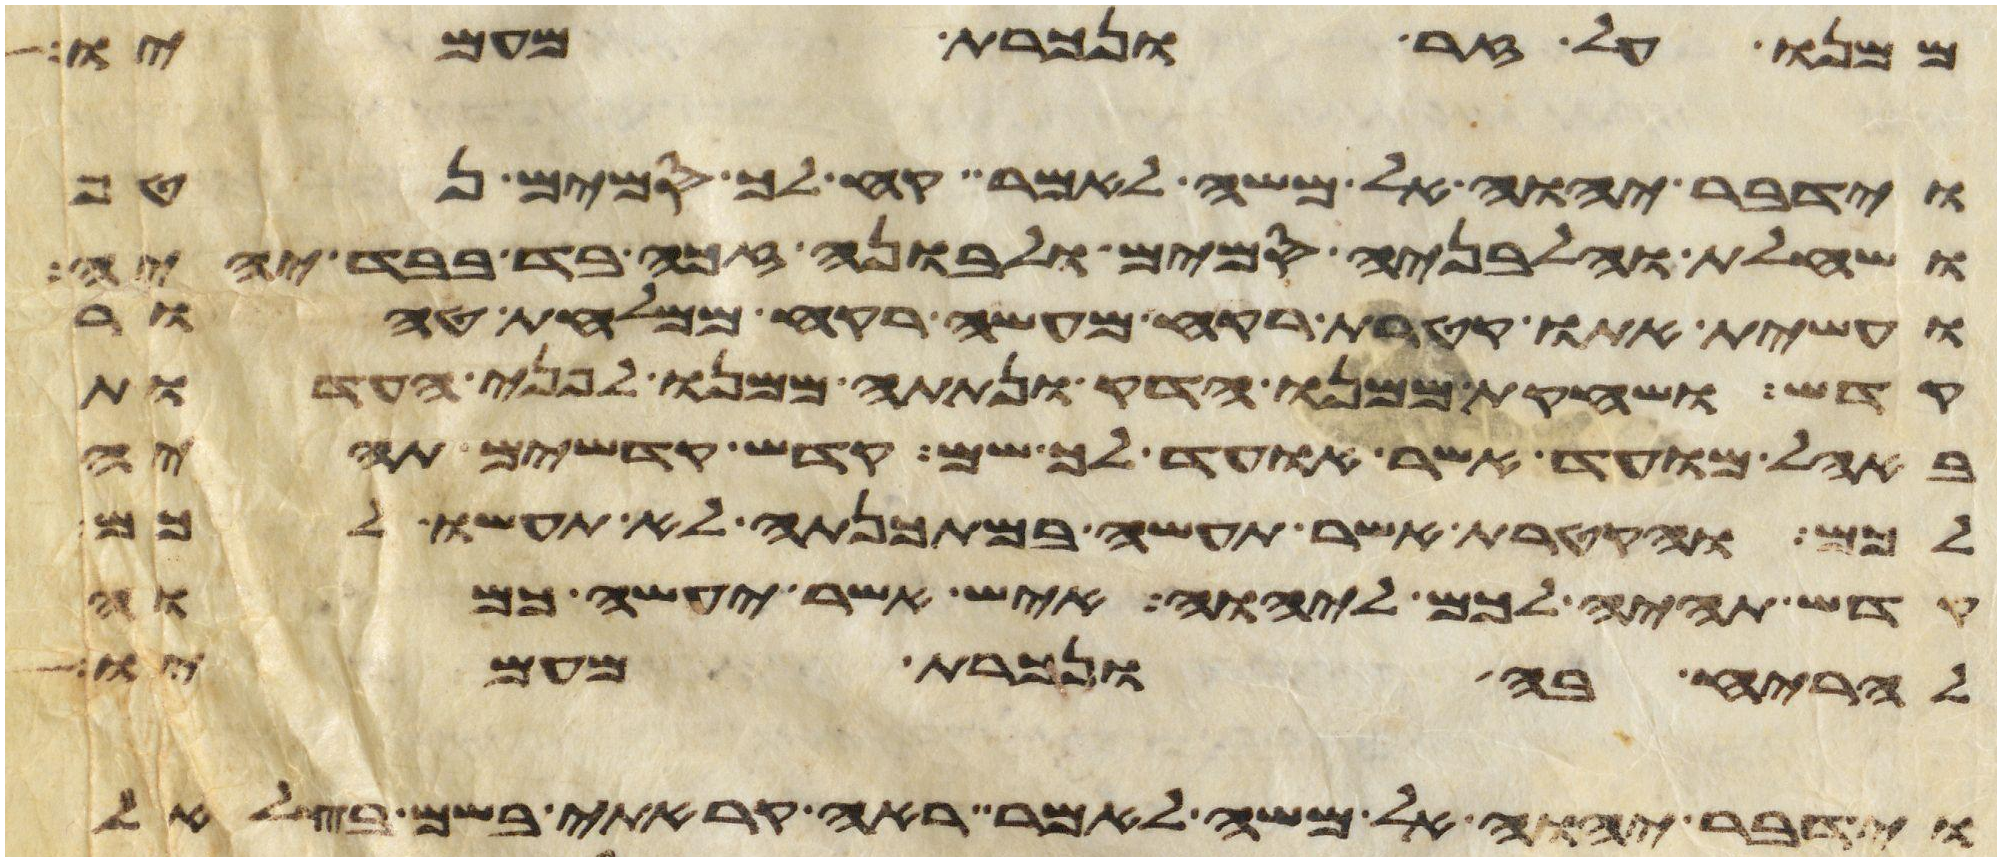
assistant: ממנו על זר ונכרת מעמיו
וידבר יהוה אל משה לאמר קח לך סמים נטף
ושחלת וחלבניה סמים ולבונה זכה בד בבד יהיה
ועשית אתו קטרת רקח מעשה רקח ממלחת טהור
קדש ושחקת ממנו הדק ונתתה ממנו לפני העדות
באהל מועד אשר אועד לך שמה קדש קדשים תהיה
לכם והקטרת אשר תעשה במתכנתה לא תעשו לכם
קדש תהיה לכם ליהוה איש אשר יעשה כמוה
להריח בה ונכרת מעמיו
וידבר יהוה אל משה לאמר ראה קראתי בשם בצלאל